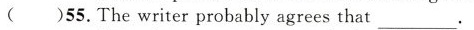
()55.The writer probably agrees that___.